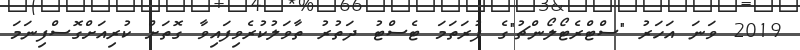
2019 ވަނަ އަހަރު "ސްޓްރެޓޯލޯންޗު"ގެ ފުރަތަމަ ޓެސްޓު ދަތުރު ތާވަލުކުރެވިފައިވާ ގޮތަށް ކުރިއަށްގޮސްފިނަމަ